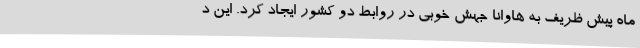
ماه پیش ظریف به هاوانا جهش خوبی در روابط دو کشور ایجاد کرد. این د